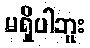
မရှိပါဘူး